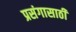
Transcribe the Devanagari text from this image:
प्रसंगासाठी